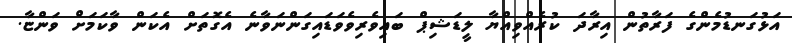
އަޅުގަނޑުމެންގެ ފަރާތުން އިރާދަ ކުރެއްވިއްޔާ ލީޑަޝިޕް ބައިވެރިވެވަޑައިގަންނަވާނެ އެގޮތަށް އެކަން ވާކަމަށް ވަންޏާ.